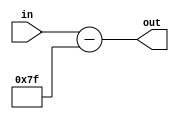
`timescale 1ns / 1ps
//////////////////////////////////////////////////////////////////////////////////
// Company: 
// Engineer: 
// 
// Design Name: 
// Module Name: realexp
// Project Name: 
// Target Devices: 
// Tool Versions: 
// Description: 
// 
// Dependencies: 
// 
// Revision:
// Revision 0.01 - File Created
// Additional Comments:
// 
//////////////////////////////////////////////////////////////////////////////////


module realexp(
input [8:0] in,
output reg [8:0] out);

always @(*)
begin
    out = in - 127;
end
endmodule